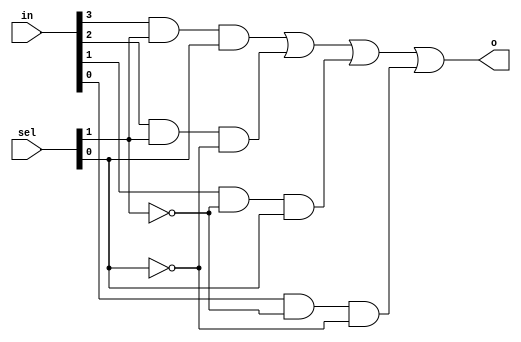
`timescale 1ns / 1ps
//////////////////////////////////////////////////////////////////////////////////
// Company: 
// Engineer: 
// 
// Design Name: 
// Module Name: m4_1
// Project Name: 
// Target Devices: 
// Tool Versions: 
// Description: 
// 
// Dependencies: 
// 
// Revision:
// Revision 0.01 - File Created
// Additional Comments:
// 
//////////////////////////////////////////////////////////////////////////////////


module m4_1(
    input [3:0] in,
    input [1:0] sel,
    output o
    );
    
    //declare wires for sum terms within mux design
    wire [3:0] sum_term;
    
    //assign product term as a sum term
    assign sum_term[3] = in[3]&sel[1]&sel[0];
    assign sum_term[2] = in[2]&sel[1]&~sel[0];
    assign sum_term[1] = in[1]&~sel[1]&sel[0];
    assign sum_term[0] = in[0]&~sel[1]&~sel[0];
    
    //assign output as the OR of sum terms
    assign o = sum_term[3]|sum_term[2]|sum_term[1]|sum_term[0];
    
    
endmodule